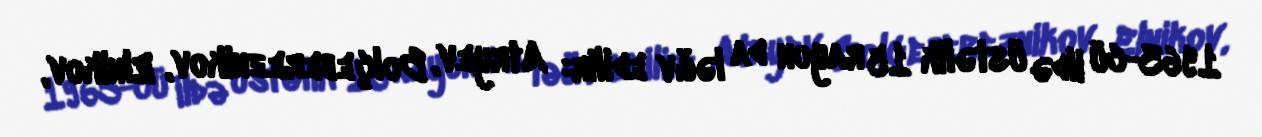
1963-cü ildə üstəlik 15 rayon da ləğv edilir: Atryev, Bolçebereznikov, Elnikov,